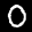
Label: 0